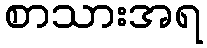
စာသားအရ